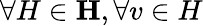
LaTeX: \forall H\in\mathbf{H},\forall v\in H